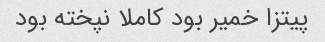
پیتزا خمیر بود کاملا نپخته بود